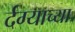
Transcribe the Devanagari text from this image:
र्दग्याच्या